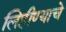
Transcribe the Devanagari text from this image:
लिहीण्याचे